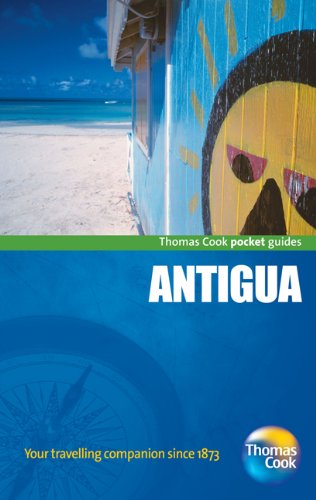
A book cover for Antigua Pocket Guide, 2nd: Compact and practical pocket guides for sun seekers and city breakers (Thomas Cook Pocket Guides); Thomas Cook Publishing; Travel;